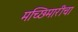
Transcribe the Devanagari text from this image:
मच्छिमारीचा